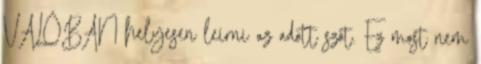
VALÓBAN helyesen leírni az adott szót. Ez most nem